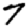
Digit: 7